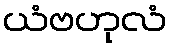
ယံဗဟုလံ